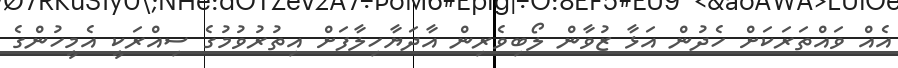
އެއް ވައްތަރަކަށް ހެދުން އަޅާ ޒުވާން ލޯބިވެރިން އާދަޔާހިލާފަށް އިތުރުވުމުގެ ސިއްރަކީ އެމީހުންގެ